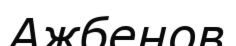
Ажбенов